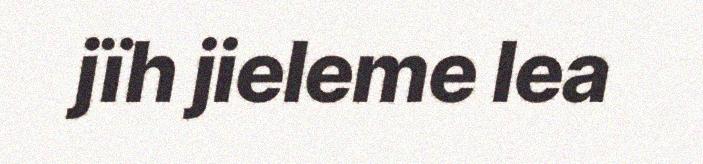
jïh jieleme lea